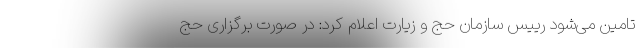
تامین می‌شود رییس سازمان حج و زیارت اعلام کرد: در صورت برگزاری حج